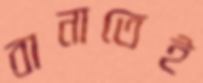
বানাতেই